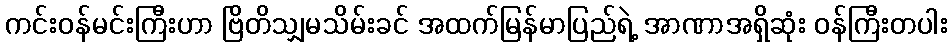
ကင်းဝန်မင်းကြီးဟာ ဗြိတိသျှမသိမ်းခင် အထက်မြန်မာပြည်ရဲ့ အာဏာအရှိဆုံး ဝန်ကြီးတပါး